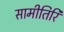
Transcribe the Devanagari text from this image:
सामीतिरि